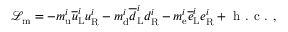
{ \mathcal { L } } _ { \mathrm { m } } = - m _ { \mathrm { u } } ^ { i } { \overline { { u } } } _ { \mathrm { L } } ^ { i } u _ { \mathrm { R } } ^ { i } - m _ { \mathrm { d } } ^ { i } { \overline { { d } } } _ { \mathrm { L } } ^ { i } d _ { \mathrm { R } } ^ { i } - m _ { \mathrm { e } } ^ { i } { \overline { { e } } } _ { \mathrm { L } } ^ { i } e _ { \mathrm { R } } ^ { i } + { \textrm { h . c . } } ,